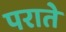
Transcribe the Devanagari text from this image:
पराते